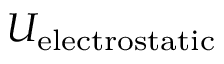
U _ { \mathrm { e l e c t r o s t a t i c } }